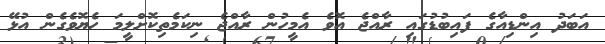
އަބަދު އިންޑިއާގެ ފައިބުޑުގައި ރާއްޖެ އޮވެ އެމީހުން ރާއްޖެ ނިކަމެތިކޮށްލީމަ ހެޔޮވެގެން އުޅޭ